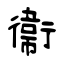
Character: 衞